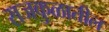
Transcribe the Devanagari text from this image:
राजकुळातील